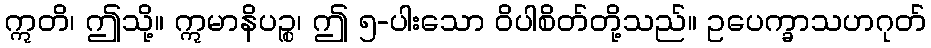
ဣတိ၊ ဤသို့။ ဣမာနိပဉ္စ၊ ဤ ၅-ပါးသော ဝိပါစိတ်တို့သည်။ ဥပေက္ခာသဟဂုတ်